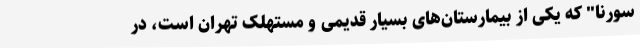
سورنا" که یکی از بیمارستان‌های بسیار قدیمی و مستهلک تهران است، در